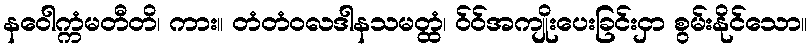
နဝေါက္ကံမတီတိ၊ ကား။ တံတံဝလဒါနသမတ္ထံ၊ ဝ်ဝ်အကျိုးပေးခြင်းငှာ စွမ်းနိုင်သော။